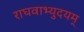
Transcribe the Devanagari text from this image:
राघवाभ्युदयम्